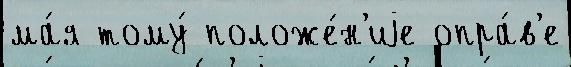
ма́я тому́ положе́н'иjе опра́в'е